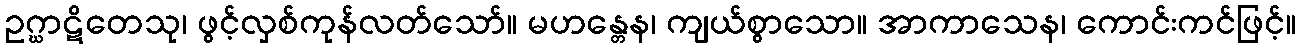
ဥဂ္ဃာဋိတေသု၊ ဖွင့်လှစ်ကုန်လတ်သော်။ မဟန္တေန၊ ကျယ်စွာသော။ အာကာသေန၊ ကောင်းကင်ဖြင့်။